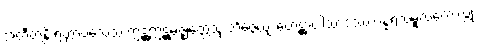
အတီတန္တိ ရတ္တာဝသေသံ ဣဋ္ဌဣဋ္ဌမဇ္ဈတ္တေသု ဘိဇ္ဇေယျ ဟေဋ္ဌာပါသာဒဿ ပန္နရသမူလကေ လ္တု